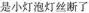
是小灯泡灯丝断了